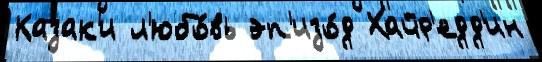
Казак'и л'юбо́вь эп'изо́д Хайр'едд'ин